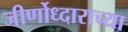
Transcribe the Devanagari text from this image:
जीर्णोध्दाराच्या